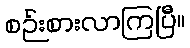
စဉ်းစားလာကြပြီ။